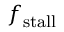
f _ { \mathrm { s t a l l } }